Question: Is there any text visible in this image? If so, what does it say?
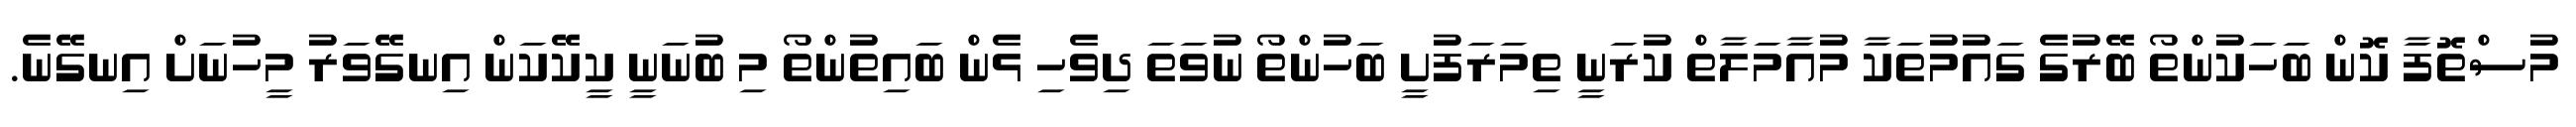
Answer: މުސްތޮފާ ކޮން ބަހަކުންތޯ ބޭރުގެ ގައުމުތަކާ މުއާމަލާތް ކުރަނީ ތިމަރަފުށީ ބަހުންތޯ ނުވަތަ ދިވެހި ޅެން ބައިތުންތޯ މި ބުނަނީ ކީކޭކަން އިނގޭވަރު މީހުނަށް އިނގޭނެ.